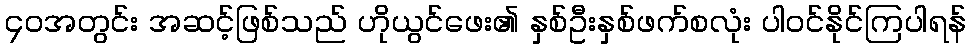
၄၀အတွင်း အဆင့်ဖြစ်သည် ဟိုယွင်ဖေး၏ နှစ်ဦးနှစ်ဖက်စလုံး ပါဝင်နိုင်ကြပါရန်